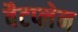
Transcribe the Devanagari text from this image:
बैटप्लेन